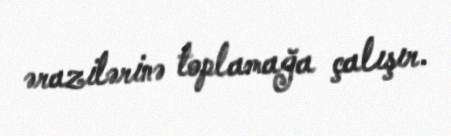
ərazilərinə toplamağa çalışır.